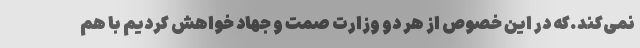
نمی‌کند.که در این خصوص از هر دو وزارت صمت و جهاد خواهش کردیم با هم